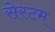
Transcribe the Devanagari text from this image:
सेस्टम